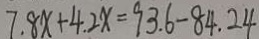
7 . 8 x + 4 . 2 x = 9 3 . 6 - 8 4 . 2 4